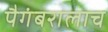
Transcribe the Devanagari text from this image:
पैगंबरालाच